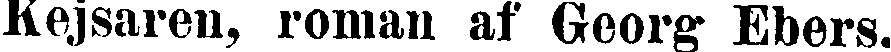
Kejsaren, roman af Georg Ebers.